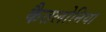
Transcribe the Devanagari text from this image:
कैतलोनिया